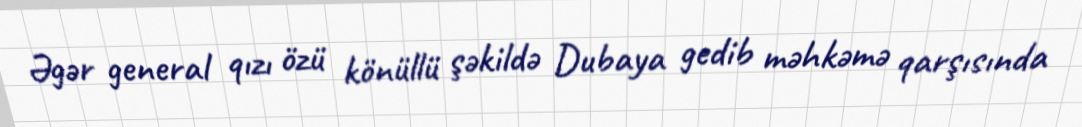
Əgər general qızı özü könüllü şəkildə Dubaya gedib məhkəmə qarşısında